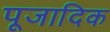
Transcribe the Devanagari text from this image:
पूजादिक